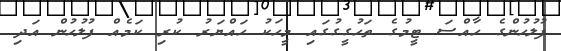
ފުލުހުންގެ ހާއްސަ ޓީމުގެ ތަހުގީގުގައި މީހަކު ހައްޔަރު ކުރި ކަމެއް ފުލުހުން އަދި